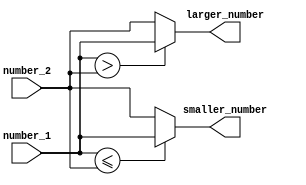
`timescale 1ns / 1ps
//////////////////////////////////////////////////////////////////////////////////
// Company: 
// Engineer: 
// 
// Design Name: 
// Module Name: find_smaller
// Project Name: 
// Target Devices: 
// Tool Versions: 
// Description: 
// 
// Dependencies: 
// 
// Revision:
// Revision 0.01 - File Created
// Additional Comments:
// 
//////////////////////////////////////////////////////////////////////////////////

module pwm_find_smaller #(
  parameter Resolution = 16
) (
  input        [Resolution-1:0]   number_1,
  input        [Resolution-1:0]   number_2,
  output       [Resolution-1:0]   smaller_number,
  output       [Resolution-1:0]   larger_number
);

  assign smaller_number = (number_1 <= number_2) ? number_1 : number_2;
  assign larger_number  = (number_1 > number_2)  ? number_1 : number_2;

endmodule